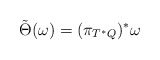
\begin{align*}\tilde \Theta(\omega) = (\pi_{T^*Q})^* \omega\end{align*}